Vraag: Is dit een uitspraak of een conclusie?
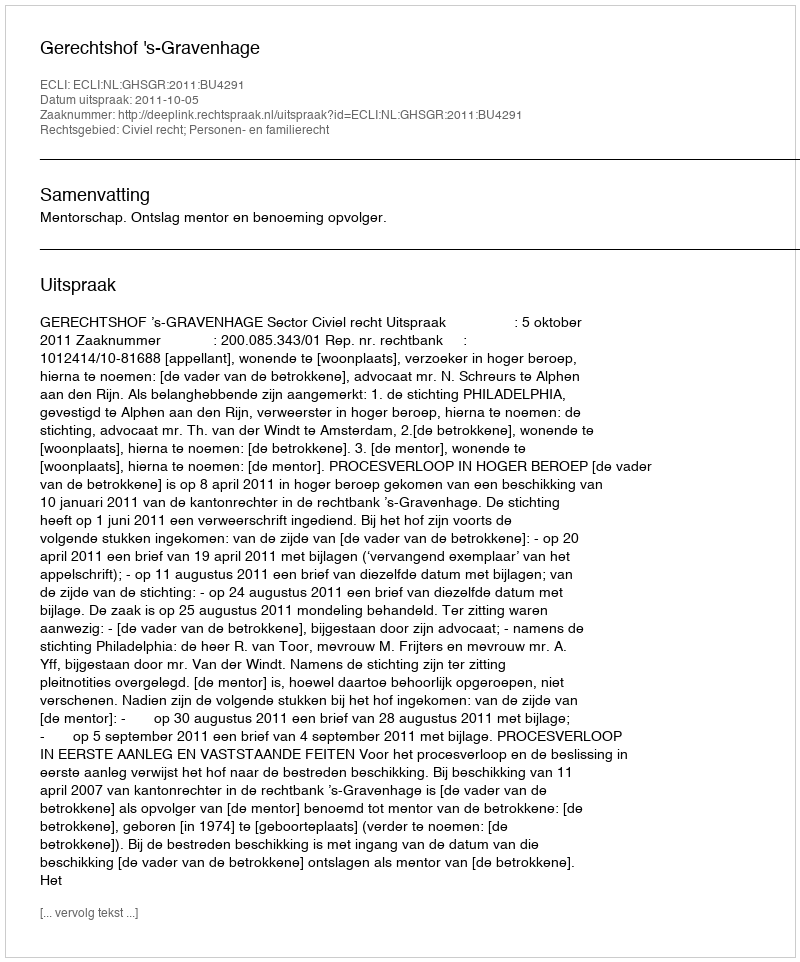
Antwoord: Uitspraak